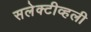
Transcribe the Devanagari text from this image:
सलेक्टीव्हली